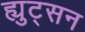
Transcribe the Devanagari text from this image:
ह्युट्सन